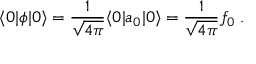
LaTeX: \langle 0 | \phi | 0 \rangle = { \frac { 1 } { \sqrt { 4 \pi } } } \langle 0 | a _ { 0 } | 0 \rangle = { \frac { 1 } { \sqrt { 4 \pi } } } f _ { 0 } \; .